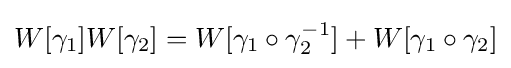
W[\gamma _{1}]W[\gamma _{2}]=W[\gamma _{1}\circ \gamma _{2}^{-1}]+W[\gamma _{1}\circ \gamma _{2}]